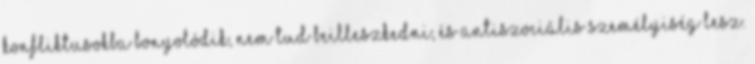
konfliktusokba bonyolódik, nem tud beilleszkedni, és antiszociális személyiség lesz.